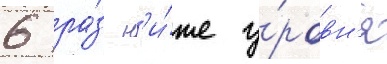
6 ра́з н'и́же у́ровн'я